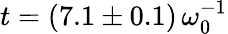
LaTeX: t=(7.1\pm 0.1)\, \omega_{0}^{-1}